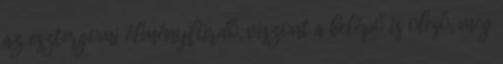
az esztergomi élményfürdő, viszont a belépő is olcsó, meg